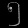
Digit: ၅